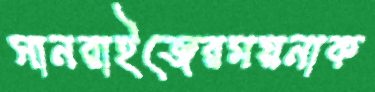
সানরাইজেরময়নাক